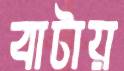
বাটায়